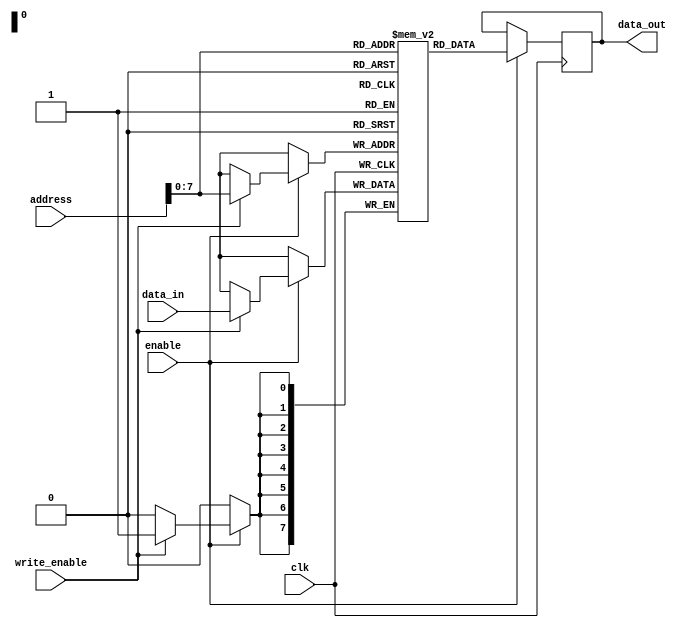
module EEPROM(
    input wire clk,
    input wire enable,
    input wire write_enable,
    input wire [9:0] address,
    input wire [7:0] data_in,
    output reg [7:0] data_out
);

reg [7:0] memory_array [0:255];

always @(posedge clk) begin
    if(enable) begin
        if(write_enable) begin
            memory_array[address] <= data_in;
        end
        data_out <= memory_array[address];
    end
end

endmodule